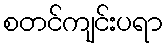
စတင်ကျင်းပရာ